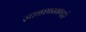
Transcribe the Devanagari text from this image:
ज्ञानशाखाव्दारे